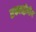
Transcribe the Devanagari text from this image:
सकलद्वीपीय